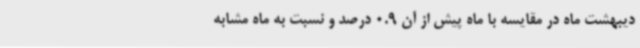
دیبهشت ماه در مقایسه با ماه پیش از آن 0.9 درصد و نسبت به ماه مشابه